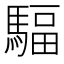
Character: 䮠